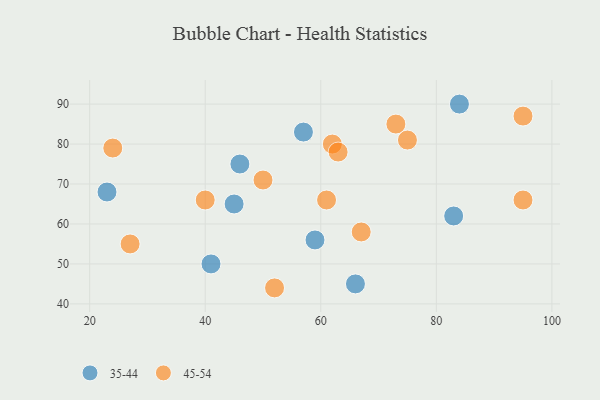
{"axis": {"x": "GDP", "y": "Life Expectancy"}, "legend": ["35-44", "45-54"], "data": [{"x": "41", "y": 50, "type": "35-44"}, {"x": "66", "y": 45, "type": "35-44"}, {"x": "45", "y": 65, "type": "35-44"}, {"x": "84", "y": 90, "type": "35-44"}, {"x": "83", "y": 62, "type": "35-44"}, {"x": "23", "y": 68, "type": "35-44"}, {"x": "57", "y": 83, "type": "35-44"}, {"x": "46", "y": 75, "type": "35-44"}, {"x": "59", "y": 56, "type": "35-44"}, {"x": "75", "y": 81, "type": "45-54"}, {"x": "73", "y": 85, "type": "45-54"}, {"x": "50", "y": 71, "type": "45-54"}, {"x": "24", "y": 79, "type": "45-54"}, {"x": "61", "y": 66, "type": "45-54"}, {"x": "27", "y": 55, "type": "45-54"}, {"x": "40", "y": 66, "type": "45-54"}, {"x": "67", "y": 58, "type": "45-54"}, {"x": "95", "y": 87, "type": "45-54"}, {"x": "95", "y": 66, "type": "45-54"}, {"x": "52", "y": 44, "type": "45-54"}, {"x": "62", "y": 80, "type": "45-54"}, {"x": "63", "y": 78, "type": "45-54"}]}